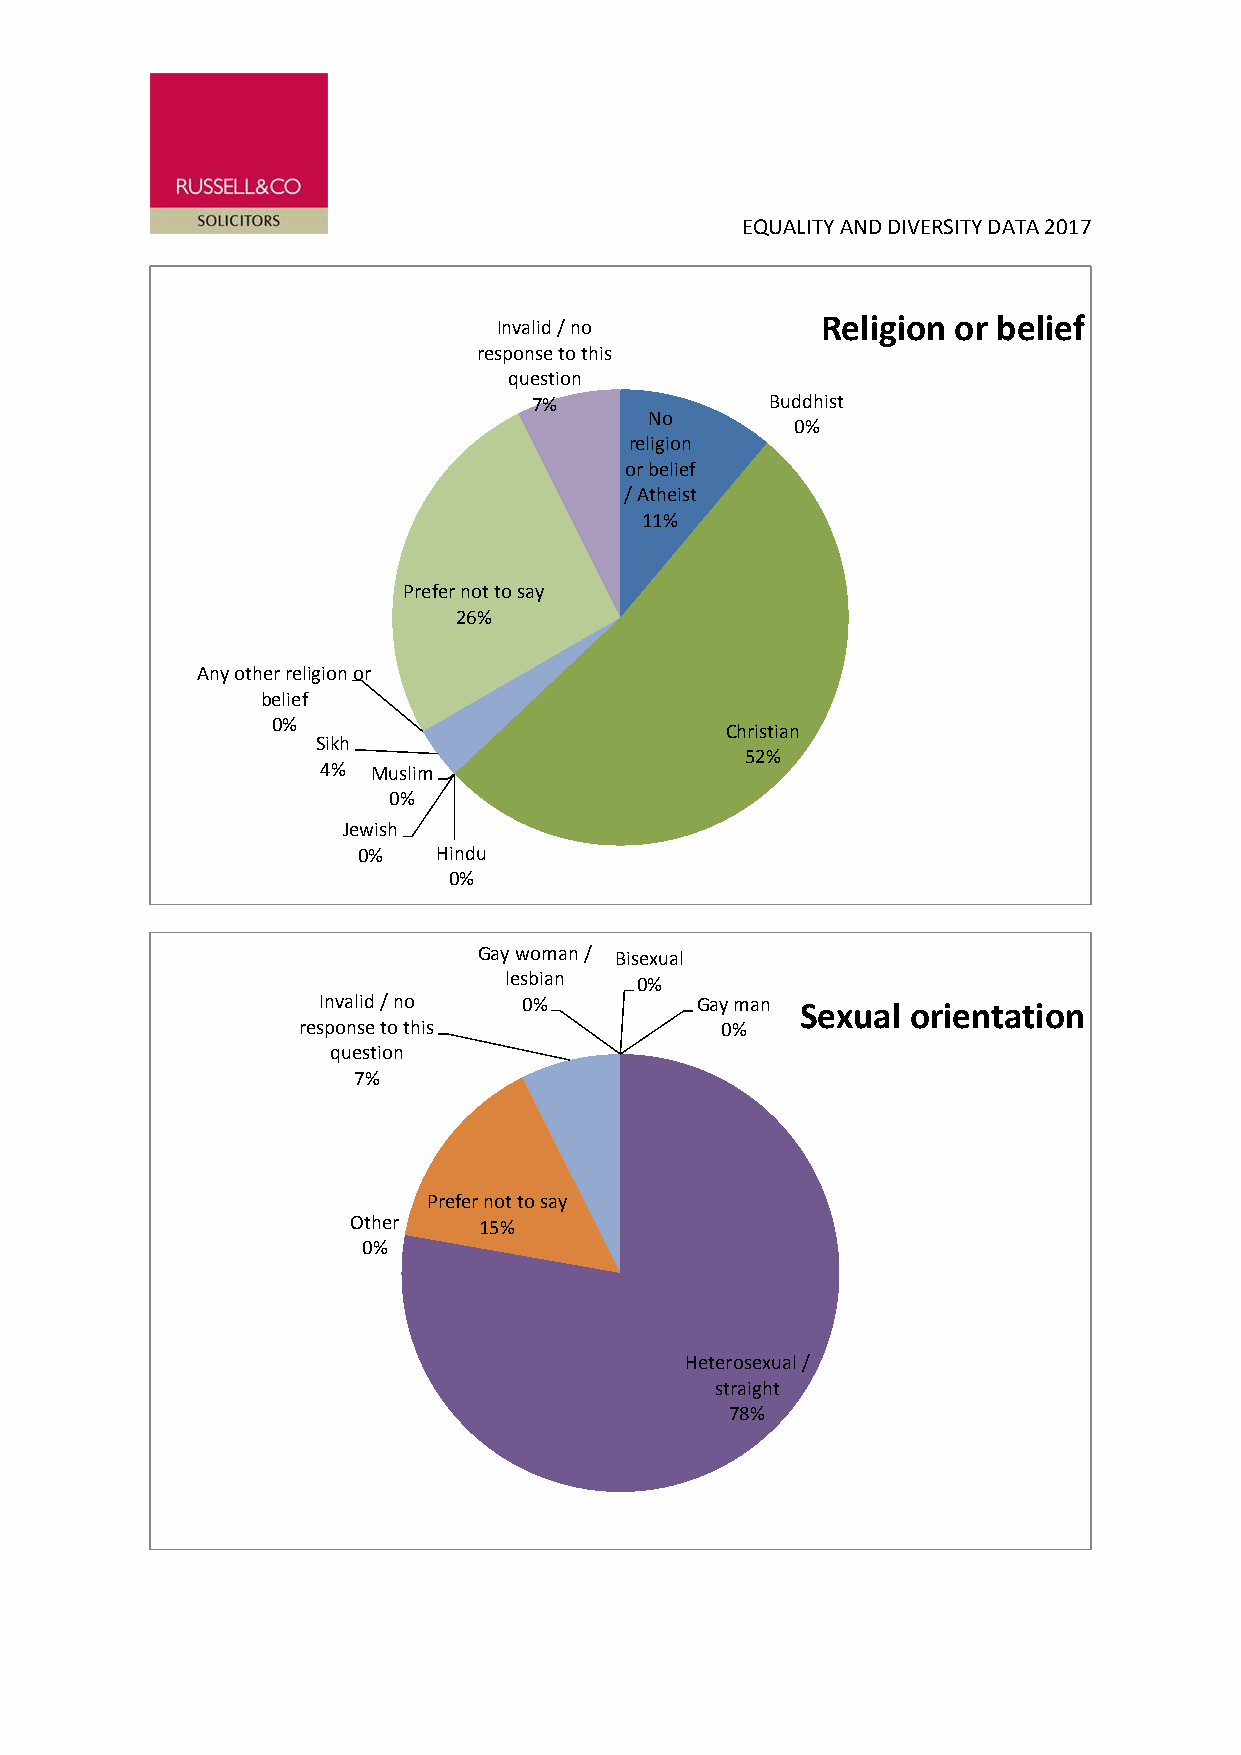
EQUALITY AND DIVERSITY DATA 2017
 Religion or belief
 Invalid / no
 response to this
 question
 7%              Buddhist
 No
 0%
 religion
 or belief
 / Atheist
 11%
 Prefer not to say
 26%
 Any other religion or
 belief
 0%                            Christian
 Sikh
 52%
 4%  Muslim
 0%
 Jewish
 0%   Hindu
 0%
 Gay woman / Bisexual
 lesbian  0%
 Invalid / no  0%         Gay man Sexual orientation
 response to this            0%
 question
 7%
 Prefer not to say
 Other    15%
 0%
 Heterosexual /
 straight
 78%